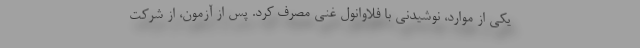
یکی از موارد، نوشیدنی با فلاوانول غنی مصرف کرد. پس از آزمون، از شرکت